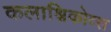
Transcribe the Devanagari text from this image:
कलाश्निकोव्स